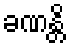
ခဏန္တိ